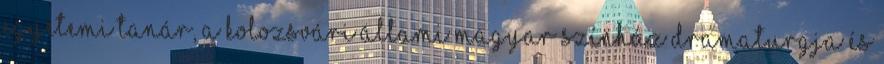
egyetemi tanár, a Kolozsvári Állami Magyar Színház dramaturgja és